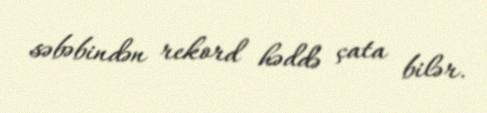
səbəbindən rekord həddə çata bilər.